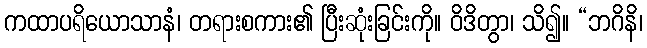
ကထာပရိယောသာနံ၊ တရားစကား၏ ပြီးဆုံးခြင်းကို။ ဝိဒိတွာ၊ သိ၍။ “ဘဂိနိ၊